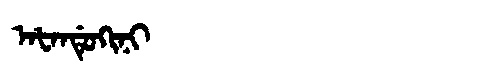
Manchu: ᠠᡶᠠᠨᡩᡠᡴᡳᠨᡳ
Romanization: AFANDUKINI